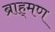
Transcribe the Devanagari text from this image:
ब्राह्‌मण